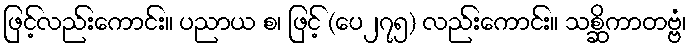
ဖြင့်လည်းကောင်း။ ပညာယ စ၊ ဖြင့် (ပေ၂၇၅) လည်းကောင်း။ သစ္ဆိကာတဗ္ဗံ၊